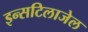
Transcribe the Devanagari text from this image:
इन्सटिलाजेल